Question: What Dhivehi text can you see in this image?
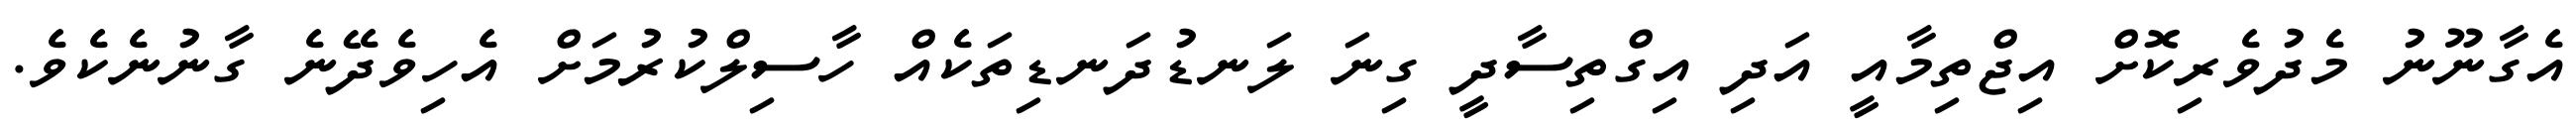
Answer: އެގާނޫނު މެދުވެރިކޮށް އިޖްތިމާއީ އަދި އިގްތިސާދީ ގިނަ ލަނޑުދަނޑިތަކެއް ހާސިލްކުރުމަށް އެހިވެދޭނެ ގާނުނެކެވެ.